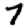
Digit: 7